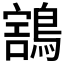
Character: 𪃜